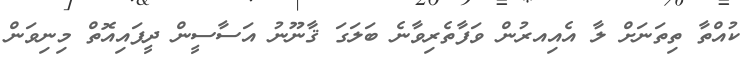
ކުއްތާ ތިތަނަށް ލާ އެއިއރުން ވަފާތެރިވާނެ ބަލަގަ ޤާނޫނު އަސާސީން ދީފައިއޮތް މިނިވަން